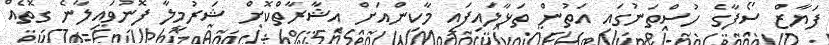
ފަޔާޒް ސޯފާގެ ހުސްތަނުގައި އަތުން ތަޅާލައިފައި މާކިންއަށް އިޝާރާތްކޮށް ޝަރުމީލާ ފޮނުވައިލާނެ ގޮތެއް